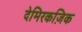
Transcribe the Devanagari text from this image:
देमिरकज़िक